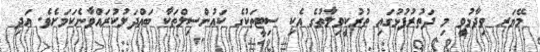
މޭޔަރ ވިދާޅުވީ މި ދަތުރުފުޅުގައި ތުރުކީވިލާތުގެ އެކި ސިޓީތަކުގެ ކައުންސިލްތަކާ ބައްދަލުކުރައްވާނެކަމަށެވެ. އަދި